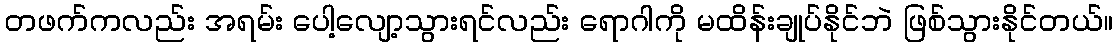
တဖက်ကလည်း အရမ်း ပေါ့လျော့သွားရင်လည်း ရောဂါကို မထိန်းချုပ်နိုင်ဘဲ ဖြစ်သွားနိုင်တယ်။